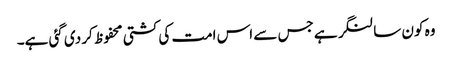
وہ کون سا لنگر ہے جس سے اس امت کی کشتی محفوظ کر دی گئی ہے۔